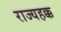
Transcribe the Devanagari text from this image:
राज्यहक्क